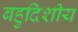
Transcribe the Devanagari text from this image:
बहुदिशीय